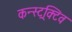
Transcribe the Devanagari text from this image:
कन्स्ट्रक्टिव